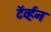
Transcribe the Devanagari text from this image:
टॅर्व्हन